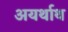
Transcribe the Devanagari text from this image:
अयर्थाथ